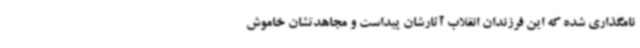
نامگذاری شده که این فرزندان انقلاب آثارشان پیداست و مجاهدتشان خاموش